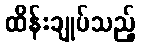
ထိန်းချုပ်သည့်